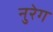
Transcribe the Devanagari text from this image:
नुरेग